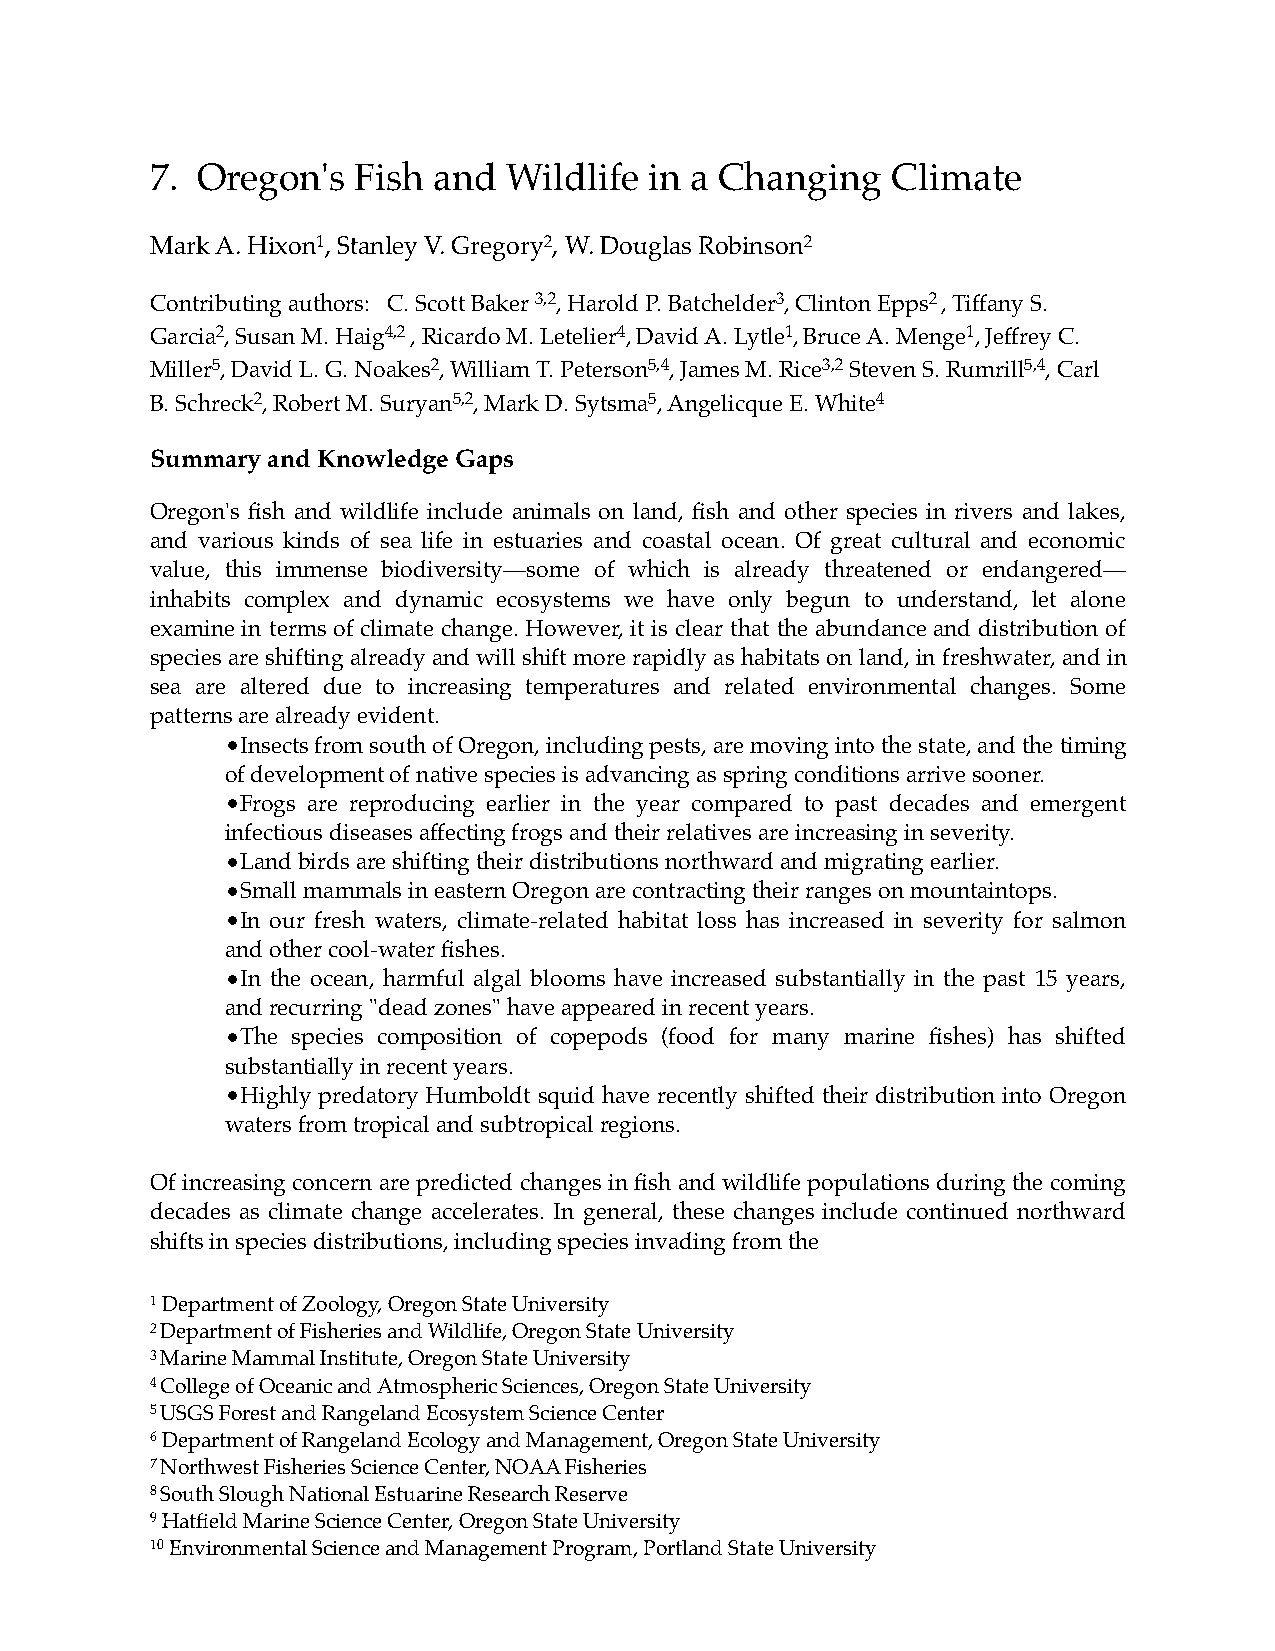
7. Oregon's  Fish  and  Wildlife in a Changing   Climate
 Mark A. Hixon1, Stanley V. Gregory2, W. Douglas Robinson2
 Contributing authors: C. Scott Baker 3,2, Harold P. Batchelder3, Clinton Epps2 , Tiffany S.
 Garcia2, Susan M. Haig4,2 , Ricardo M. Letelier4, David A. Lytle1, Bruce A. Menge1, Jeffrey C.
 Miller5, David L. G. Noakes2, William T. Peterson5,4, James M. Rice3,2 Steven S. Rumrill5,4, Carl
 B. Schreck2, Robert M. Suryan5,2, Mark D. Sytsma5, Angelicque E. White4
 Summary and Knowledge Gaps
 Oregon's fish and wildlife include animals on land, fish and other species in rivers and lakes,
 and various kinds of sea life in estuaries and coastal ocean. Of great cultural and economic
 value, this immense biodiversity—some of which is already threatened or endangered—
 inhabits complex and dynamic ecosystems we have only begun to understand, let alone
 examine in terms of climate change. However, it is clear that the abundance and distribution of
 species are shifting already and will shift more rapidly as habitats on land, in freshwater, and in
 sea are altered due to increasing temperatures and related environmental changes. Some
 patterns are already evident.
 •Insects from south of Oregon, including pests, are moving into the state, and the timing
 of development of native species is advancing as spring conditions arrive sooner.
 •Frogs are reproducing earlier in the year compared to past decades and emergent
 infectious diseases affecting frogs and their relatives are increasing in severity.
 •Land birds are shifting their distributions northward and migrating earlier.
 •Small mammals in eastern Oregon are contracting their ranges on mountaintops.
 •In our fresh waters, climate-related habitat loss has increased in severity for salmon
 and other cool-water fishes.
 •In the ocean, harmful algal blooms have increased substantially in the past 15 years,
 and recurring "dead zones" have appeared in recent years.
 •The species composition of copepods (food for many marine fishes) has shifted
 substantially in recent years.
 •Highly predatory Humboldt squid have recently shifted their distribution into Oregon
 waters from tropical and subtropical regions.
 Of increasing concern are predicted changes in fish and wildlife populations during the coming
 decades as climate change accelerates. In general, these changes include continued northward
 shifts in species distributions, including species invading from the
 1 Department of Zoology, Oregon State University
 2 Department of Fisheries and Wildlife, Oregon State University
 3 Marine Mammal Institute, Oregon State University
 4 College of Oceanic and Atmospheric Sciences, Oregon State University
 5 USGS Forest and Rangeland Ecosystem Science Center
 6 Department of Rangeland Ecology and Management, Oregon State University
 7 Northwest Fisheries Science Center, NOAA Fisheries
 8 South Slough National Estuarine Research Reserve
 9 Hatfield Marine Science Center, Oregon State University
 10 Environmental Science and Management Program, Portland State University